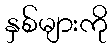
နှစ်များကို